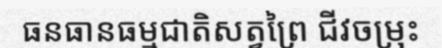
ធនធានធម្មជាតិសត្វព្រៃ ជីវចម្រុះ